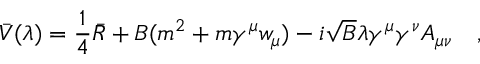
\bar { V } ( \lambda ) = \frac 1 4 \bar { R } + B ( m ^ { 2 } + m \gamma ^ { \mu } w _ { \mu } ) - i \sqrt { B } \lambda \gamma ^ { \mu } \gamma ^ { \nu } A _ { \mu \nu } ~ ~ ~ ,